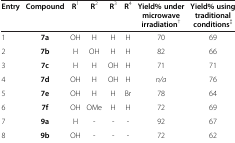
| Entry | Compound | R1 | R2 | R3 | R4 | Yield% under microwave irradiation† | Yield% using traditional conditions‡ |
 | --- | --- | --- | --- | --- | --- | --- | --- |
 | 1 | 7a | OH | H | H | H | 70 | 69 |
 | 2 | 7b | H | OH | H | H | 82 | 66 |
 | 3 | 7c | H | H | OH | H | 71 | 71 |
 | 4 | 7d | OH | H | OH | H | n/a | 76 |
 | 5 | 7e | OH | H | H | Br | 78 | 64 |
 | 6 | 7f | OH | OMe | H | H | 72 | 69 |
 | 7 | 9a | H | - | - | - | 92 | 67 |
 | 8 | 9b | OH | - | - | - | 72 | 62 |